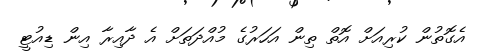
އެގޮތުން ކުރިއަށް އޮތް ތިން އަހަރުގެ މުއްދަތަށް އެ ދާއިރާ އިން ޑިއުޓީ